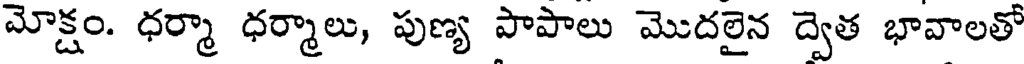
మోక్షం. ధర్మా ధర్మాలు, పుణ్య పాపాలు మొదలైన ద్వెత భావాలతో